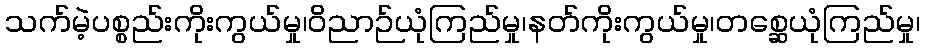
သက်မဲ့ပစ္စည်းကိုးကွယ်မှု၊ဝိညာဉ်ယုံကြည်မှု၊နတ်ကိုးကွယ်မှု၊တစ္ဆေယုံကြည်မှု၊